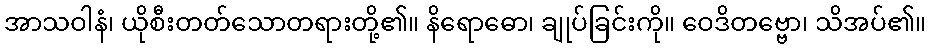
အာသဝါနံ၊ ယိုစီးတတ်သောတရားတို့၏။ နိရောဓော၊ ချုပ်ခြင်းကို။ ဝေဒိတဗ္ဗော၊ သိအပ်၏။